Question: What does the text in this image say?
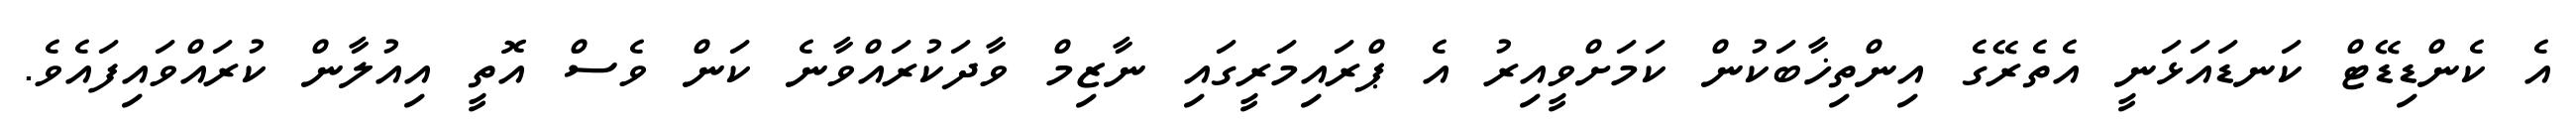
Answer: އެ ކެންޑިޑޭޓް ކަނޑައަޅަނީ އެތެރޭގެ އިންތިޚާބަކުން ކަމަށްވީއިރު އެ ޕްރައިމަރީގައި ނާޒިމް ވާދަކުރައްވާނެ ކަން ވެސް އޮތީ އިއުލާން ކުރައްވައިފައެވެ.